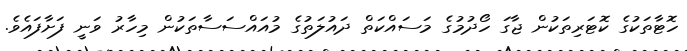
ހޮޓާތަކުގެ ކޮޓަރިތަކުން ޖާގަ ހޯދުމުގެ މަސައްކަތް ދައުލަތުގެ މުއައްސަސާތަކުން މިހާރު ވަނީ ފަށާފައެވެ.